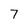
Character: 7